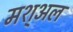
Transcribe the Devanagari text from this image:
मश्अल